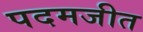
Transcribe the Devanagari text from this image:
पदमजीत